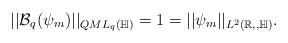
LaTeX: \begin{align*}||\mathcal{B}_q(\psi_m)||_{QML_q(\mathbb{H})}=1=||\psi_m||_{L^2(\mathbb{R,,\mathbb{H}})}.\end{align*}